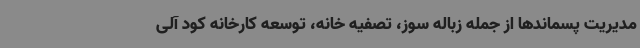
مدیریت پسماندها از جمله زباله سوز، تصفیه خانه، توسعه کارخانه کود آلی